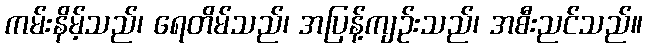
ကမ်းနိမ့်သည်၊ ရေတိမ်သည်၊ အပြန့်ကျဉ်းသည်၊ အစီးညင်သည်။